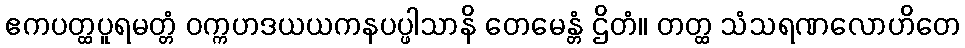
ဧကပတ္ထပူရမတ္တံ ဝက္ကဟဒယယကနပပ္ဖါသာနိ တေမေန္တံ ဌိတံ။ တတ္ထ သံသရဏလောဟိတေ